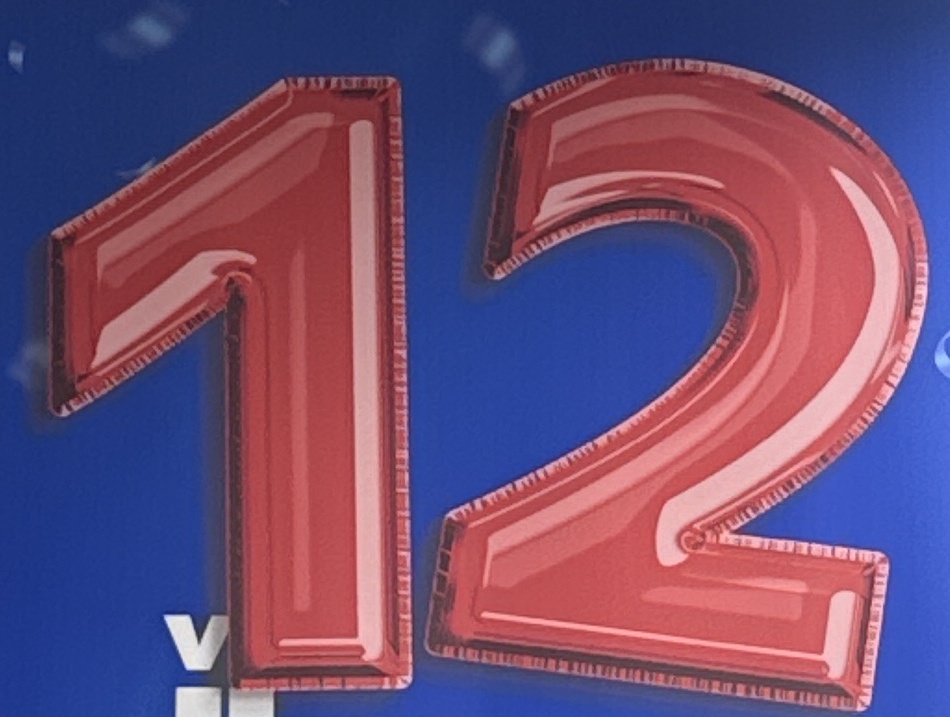
12